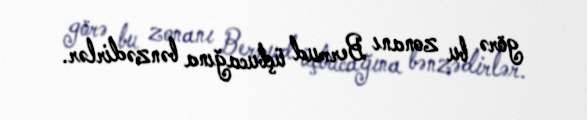
görə bu zonanı Bermud üçbucağına bənzədirlər.